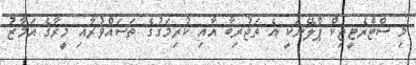
މި ސްޓްރެޓީޖިކް ޕްލޭނަކީ އެ ތަޖުރިބާ އާއި ކުރިމަގުގެ ތަސައްވުރާއި މީރާގެ އަމާޒު